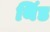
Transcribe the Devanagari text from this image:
थिंड